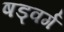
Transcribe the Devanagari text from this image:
षड्वर्ग